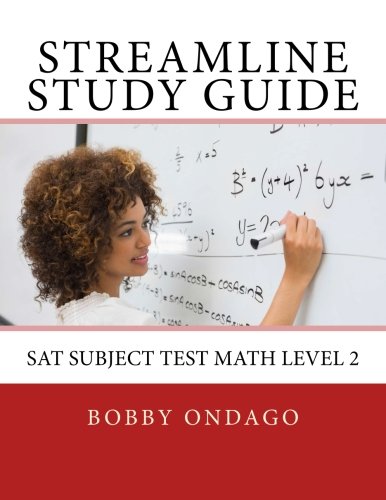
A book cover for Streamline Study Guide: SAT Subject Test Math Level 2; Bobby Ondago; Test Preparation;